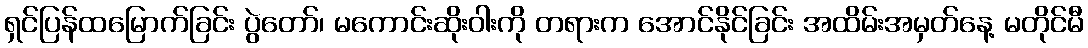
ရှင်ပြန်ထမြောက်ခြင်း ပွဲတော်၊ မကောင်းဆိုးဝါးကို တရားက အောင်နိုင်ခြင်း အထိမ်းအမှတ်နေ့ မတိုင်မီ